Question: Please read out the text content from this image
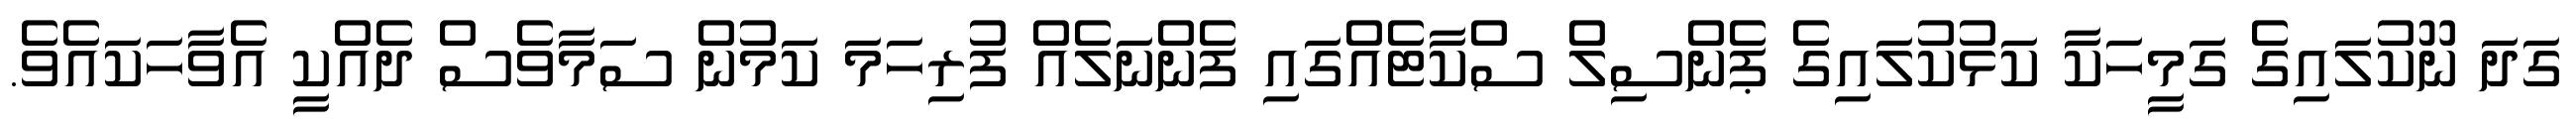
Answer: ގަދަ ނޫކުލައިގެ ގަމީހަކާ ކަޅުކުލައިގެ ޕެންސިލް ސްކާޓެއްގައި ފެންނަލެއް ފުރިހަމަ ކަމުން ސަމާވެސް ދެއްކީ އެވާހަކައެވެ.